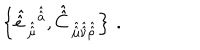
LaTeX: \left\{ \hat { \hat { e } \, } _ { \hat { \hat { \mu } } } { } ^ { \hat { \hat { a } } } , \hat { \hat { C } \, } _ { \hat { \hat { \mu } } \hat { \hat { \nu } } \hat { \hat { \rho } } } \right\} \, .